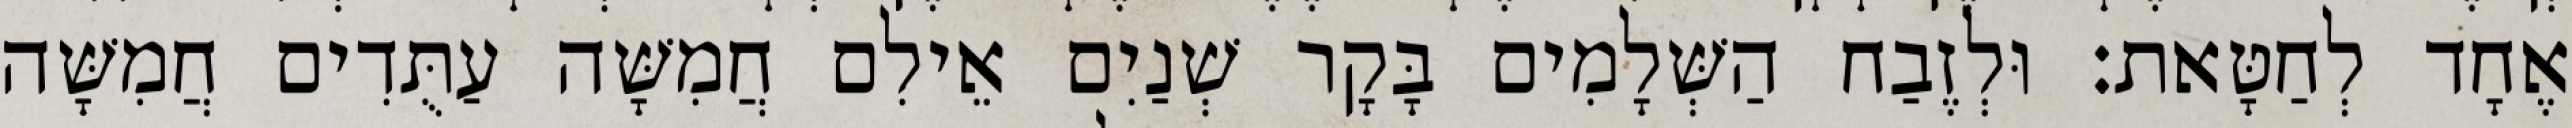
אֶחָד לְחַטָּאת׃ וּלְזֶבַח הַשְּׁלָמִים בָּקָר שְׁנַיִם אֵילִם חֲמִשָּׁה עַתֻּדִים חֲמִשָּׁה